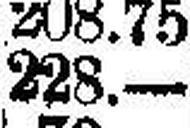
228.—